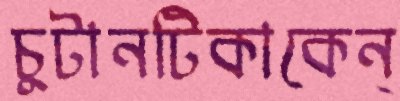
চুটানটিকাকেন্